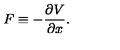
F \equiv - \frac { \partial V } { \partial x } .